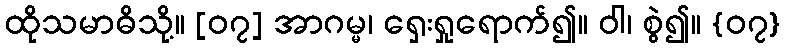
ထိုသမာဓိသို့။ [၀၇] အာဂမ္မ၊ ရှေးရှုရောက်၍။ ဝါ၊ စွဲ၍။ {၀၇}